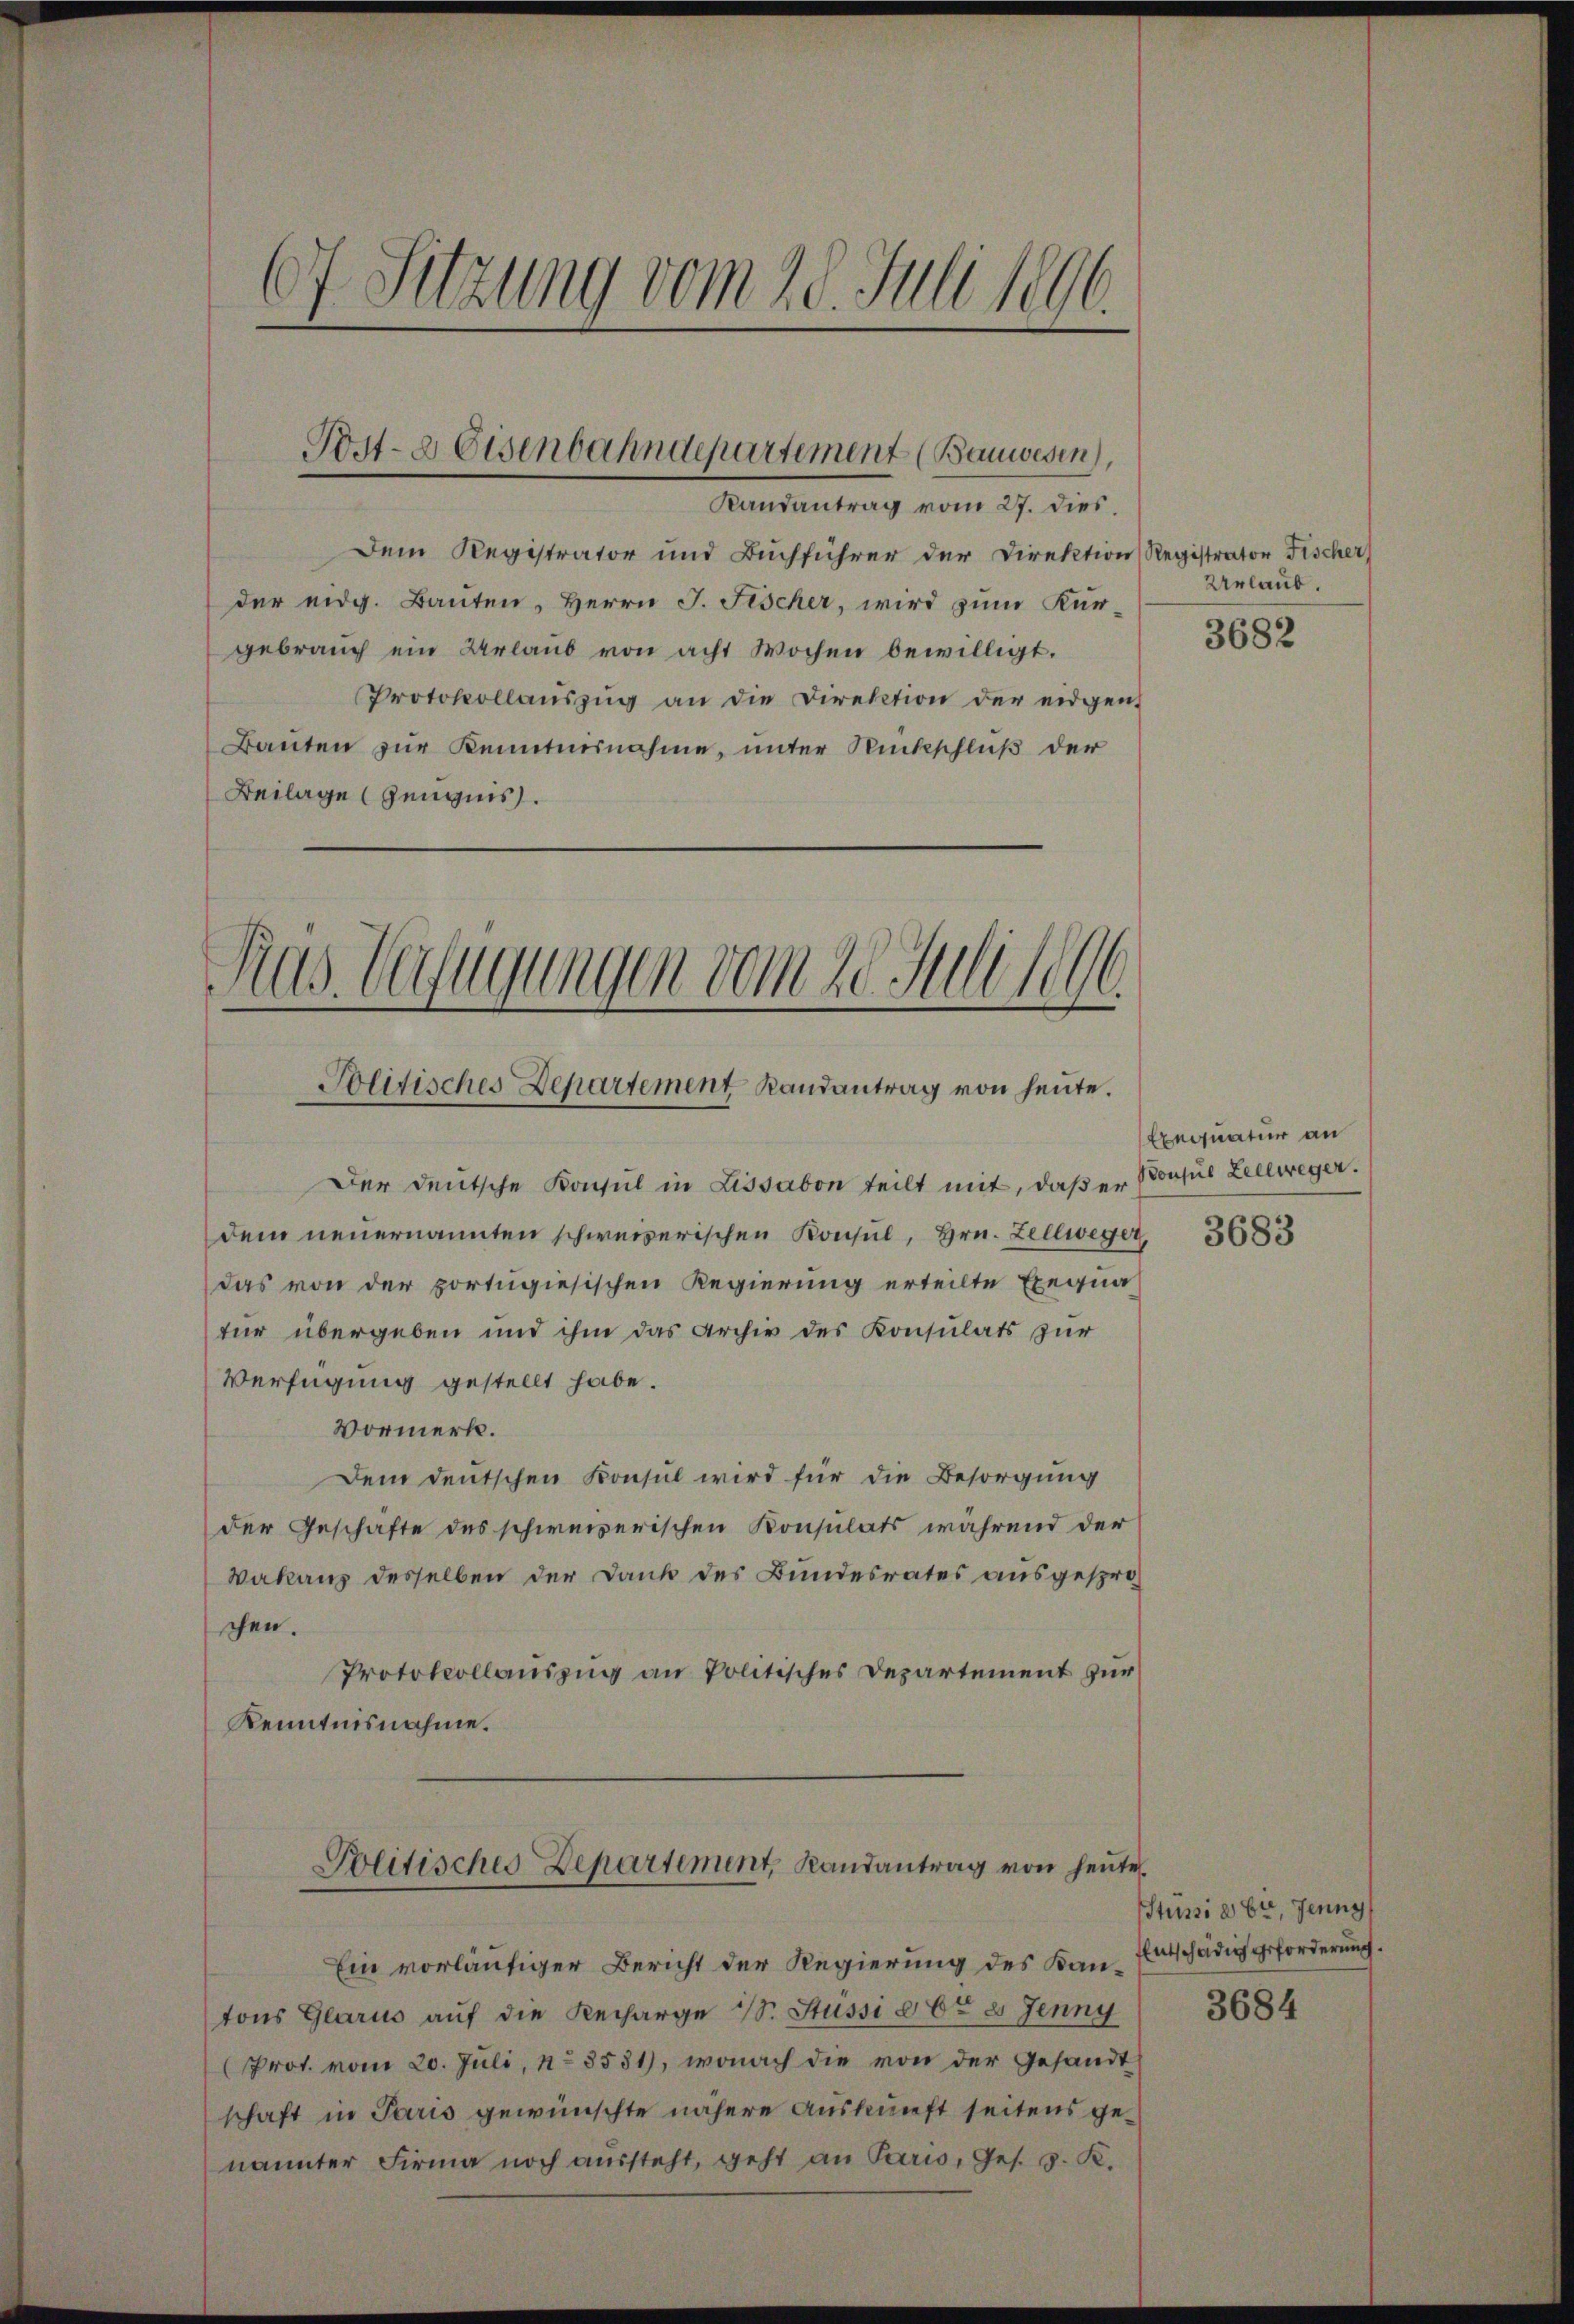
1
67. Sitzung vom 25. Juli 1896.

Dem Registrator und Buchführer der Direktion Registrator Fischer
der eidg. Bauten, Herrn J. Fischer, wird zum Kurgebrauch ein Urlaub von acht Wochen bewilligt.
Protokollaŭszŭg an die Direktion der eidgen.
Bauten zur Kenntnisnahme, unter Rückschluß der
Beilage Zeugnis.

Post- & Eisenbahndepartement (Bauwesen),
Randantrag vom 27. dies

Ras Verfügungen vom 20. Juli 1896
Politisches Departement Randantrag von heute.

Der deutsche Konsul in Lissabon teilt mit, daß er
dem neuernannten schweizerischen Konsul, Hrn. Zellweger, 3683
das von der portigiesischen Regierung erteilte Exequa
tur übergeben und ihm das Archiv des Konsulats zur
Verfügung gestellt habe.
Vormerk.
Dem deutschen Konsul wird für die Besorgung
der Geschäfte des schweizerischen Konsulats während der
Wakanz desselben der Dank des Bundesrates ausgesprochen.
Protokollauszug an Politisches Departement zur
Kenntnisnahme.

Politisches Departement, Randantrag von heute.

Ein vorläufiger Bericht der Regierung des Kantons Glarus auf die Recharge u. Süssi der 8 Jenny
Prot. vom 20. Juli, No 3531), wonach die von der Gesandt
schaft in Paris gewünschte nähere Auskunft seitens genannter Firma noch aussteht, geht an Paris, Ges. S. K.

Urlaub.

3682

Exequatur an
Bonsul Zellweger.

Stüssi à 6r, Jenny
Entschädig geforderung.

3684